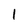
Character: 1